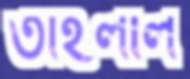
তাহলীল